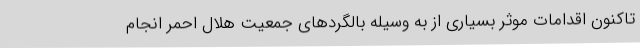
تاکنون اقدامات موثر بسیاری از به وسیله بالگردهای جمعیت هلال احمر انجام